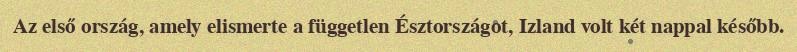
Az első ország, amely elismerte a független Észtországot, Izland volt két nappal később.